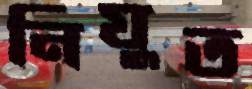
নিযুত